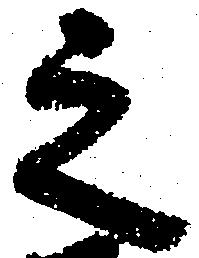
之